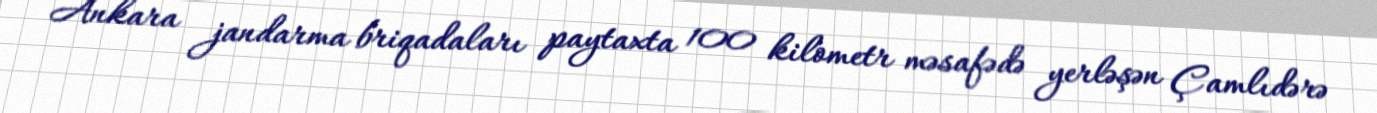
Ankara jandarma briqadaları paytaxta 100 kilometr məsafədə yerləşən Çamlıdərə